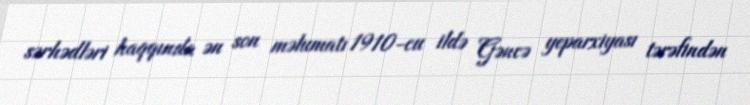
sərhədləri haqqında ən son məlumatı 1910-cu ildə Gəncə yeparxiyası tərəfindən